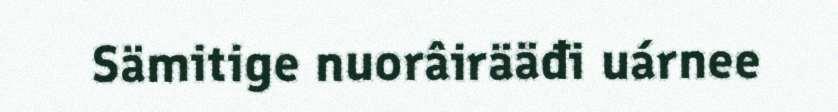
Sämitige nuorâirääđi uárnee